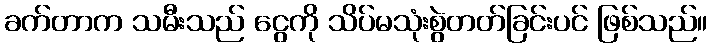
ခက်တာက သမီးသည် ငွေကို သိပ်မသုံးစွဲတတ်ခြင်းပင် ဖြစ်သည်။